Civil Veterinary Dept. Bombay admin report 1932-41 - 1932-1941
Year: 1932
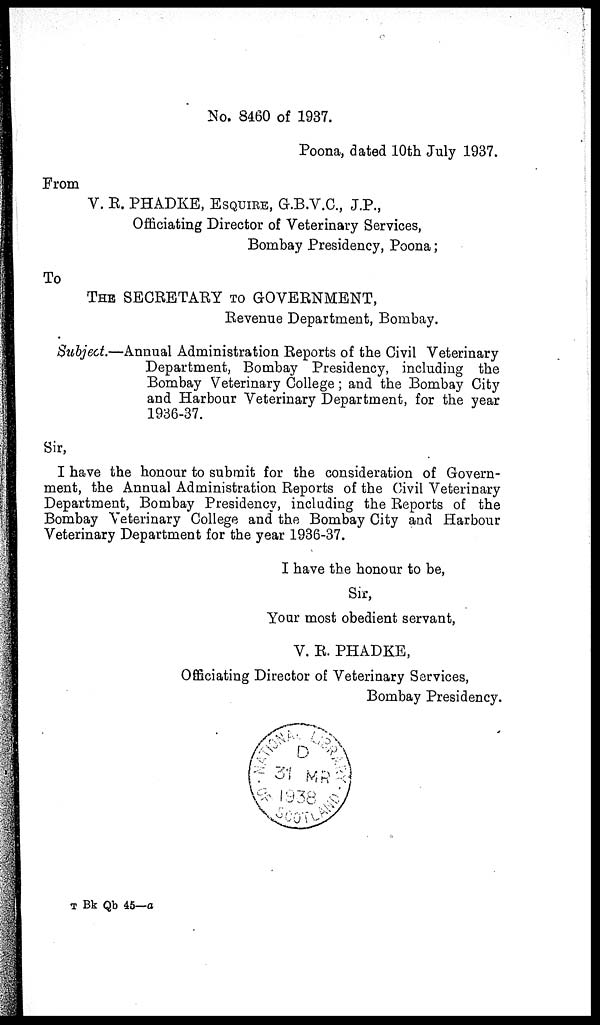
No. 8460 of 1937.
Poona, dated 10th July 1937.
From
V. E. PHADKE, ESQUIRE, G.B.V.C., J.P.,
Officiating Director of Veterinary Services,
Bombay Presidency, Poona;
To
THE SECRETARY TO GOVERNMENT,
Revenue Department, Bombay.
Subject.—Annual Administration Reports of the Civil Veterinary
Department, Bombay Presidency, including the
Bombay Veterinary College; and the Bombay City
and Harbour Veterinary Department, for the year
1936-37.
Sir,
I have the honour to submit for the consideration of Govern-
ment, the Annual Administration Reports of the Civil Veterinary
Department, Bombay Presidency, including the Reports of the
Bombay Veterinary College and the Bombay City and Harbour
Veterinary Department for the year 1936-37.
I have the honour to be,
Sir,
Your most obedient servant,
V. R. PHADKE,
Officiating Director of Veterinary Services,
Bombay Presidency.
T Bk Qb 45—a